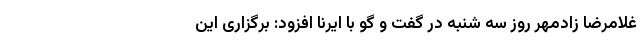
غلامرضا زادمهر روز سه شنبه در گفت و گو با ایرنا افزود: برگزاری این